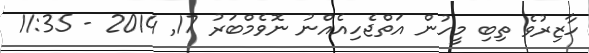
ހާޒިރުވެ ތިބި މީހުން އަތްޖެހިއެއްނު ނޮވެމްބަރު 17